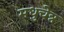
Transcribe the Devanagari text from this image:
मधुचेत्र